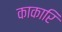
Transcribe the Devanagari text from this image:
काकारि